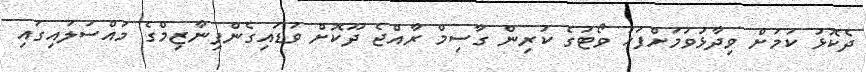
ދެކޮޅު ކަމަށް ވިދާޅުވުމަށްފަހު ވޯޓުގެ ކުރިން ގާސިމް ރާއްޖެ ދޫކޮށް ވަޑައިގެންފިނާޒިމްގެ މައްސަލައިގައި